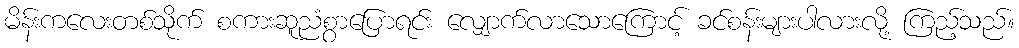
မိန်းကလေးတစ်သိုက် စကားဆူညံစွာပြောရင်း လျှောက်လာသောကြောင့် ခင်စန်းများပါလားလို့ ကြည့်သည်။